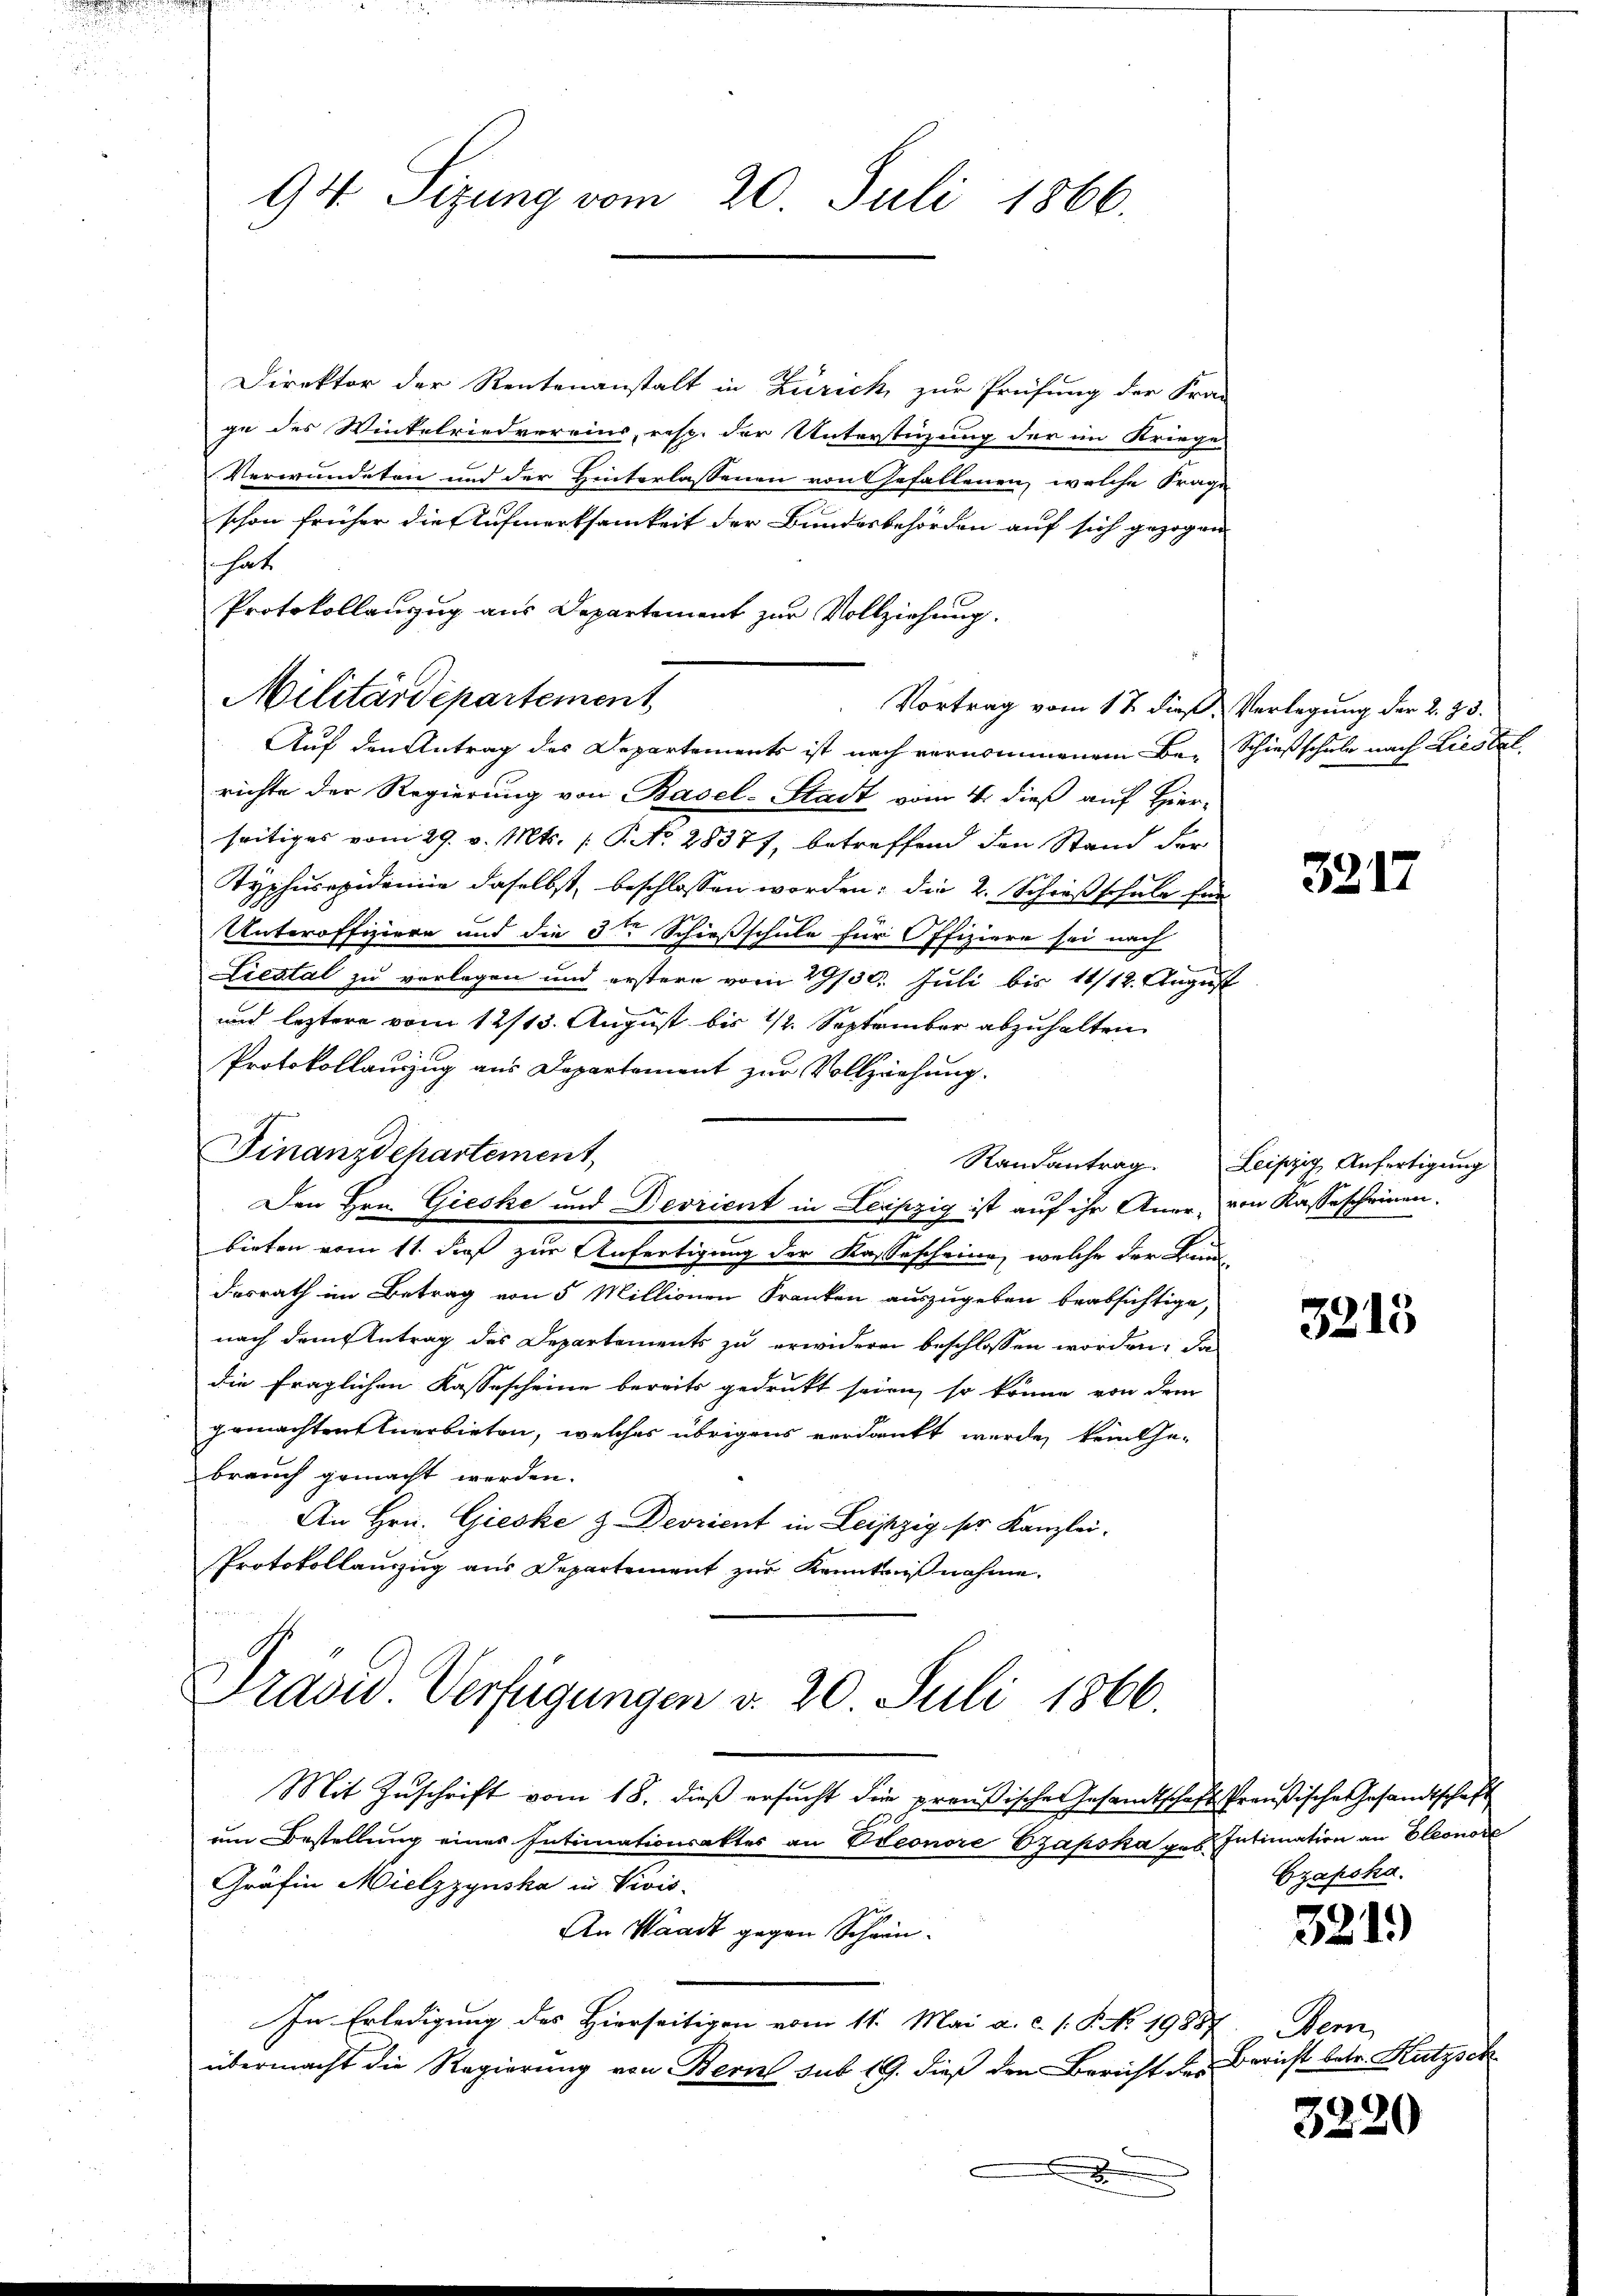
94 Sizung vom 20. Juli 1866.

Direktor der Rentenanstalt in Zürich, zur Prüfung der Fra-
ge des Winkelriederreins, resp. der Unterstüzung der im Kriege
Verwundeten und der Hinterlassenen von Gefallenen, welche Frage
schon früher die Aufmerksamkeit der Bundesbehörden auf sich gezogen
hat
Protokollanzug aus Departement zur Vollziehung.
Auf den Antrag des Departements ist nach vernommenem Be- Schießschule nach Liestel
richte der Regierung von Basel-Stadt vom 4. dieß auf Hier-
seitiges vom 29. v. Mts. No. 28377, betreffend den Stand der
Typhucepidemie daselbst, beschlossen worden; die 2. Schrößschule für
Unteroffiziere und die de Schießschule für Offiziere sei nach
Liestal zu vorlegen und erstern vom 29/30. Juli bis 11/12. August
unnd leztere vom 12/13. August bis 12. September abzuhalten
Protokollauszug aus Departement zur Vollziehung.
Finanzdepartement
bieten vom 11. daß zur Anfertigung der Kassescheine, welche der Bun
desrath im Betrag von 5 Millionen Franken auszugeben beabsichtige,
nach dem Antrag des Departements zu erwideren beschlossen worden, da
die fraglichen Kassescheine bereits gedruckt seien, so könne von dem
gemachten Anerbieten, welches übrigens verdankt werde, kein Ge-
brauch gemacht werden.
An Hrn. Gieske & Deorient in Leipzig, ser Kanzlei.
Protokollauszug aus Departement zur Kenntnißnahme,
Präsid. Verfügungen v. 20. Juli 1866.
Mit Zuschrift vom 18. dieß ersucht die preußische Gesamtschaft Preußische Gesandtschaft
um Bestellung eines Intimationsaktes an Vieonore Czapska geb. Intimation an Eleonore
Gräfin Mielzzynska in Vivis-
An Waadt gegen Schwein¬
In Erledigung des Hierseitigen vom 11. Mai a. c. s. S. No 1988
übermacht die Regierung von Bern sub 19. dieß den Bericht des

Militärdepartement

Vortrag vom 17. dieß Verlegung der 2. 33.

Den Hrn. Gieske und Deorient in Leipzig ist auf ihr Auer von Kassescheinen.

3217

Randantrag. Leipzig Anfertigung

3215

Grakska.

321)

em,
Bericht betr. Kutzsch

3220